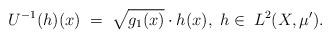
LaTeX: \begin{align*}U^{-1}(h)(x)\;=\;\sqrt{g_1(x)}\cdot h(x),\; h\in\; L^2(X,\mu').\end{align*}